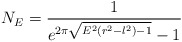
\begin{align*}N_{E}=\frac{1}{e^{2\pi \sqrt{E^2 (r^2-l^2) -1}}-1}\end{align*}